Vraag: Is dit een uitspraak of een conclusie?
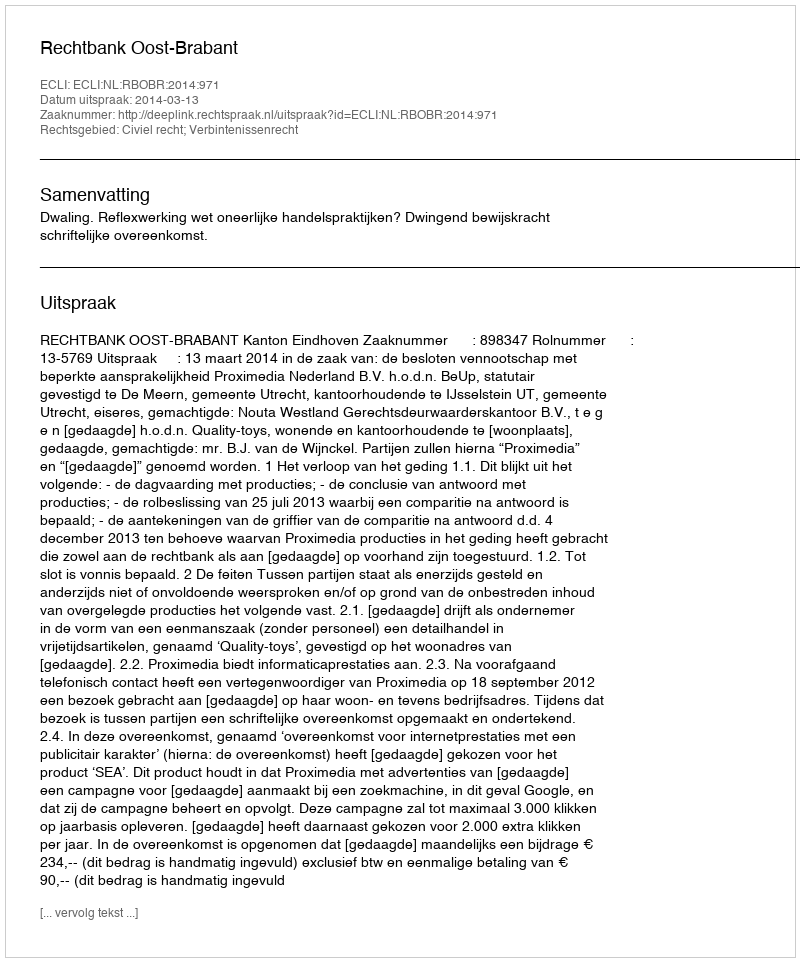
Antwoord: Uitspraak